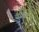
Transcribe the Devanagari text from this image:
ओंडचे